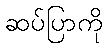
ဆပ်ပြာကို